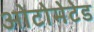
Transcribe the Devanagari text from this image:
ओटोमेटेड